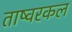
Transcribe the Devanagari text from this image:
ताष्वरकल